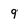
Character: 9